Leaving Certificate Examination (including Day School Certificate (Higher) General paper), 1927
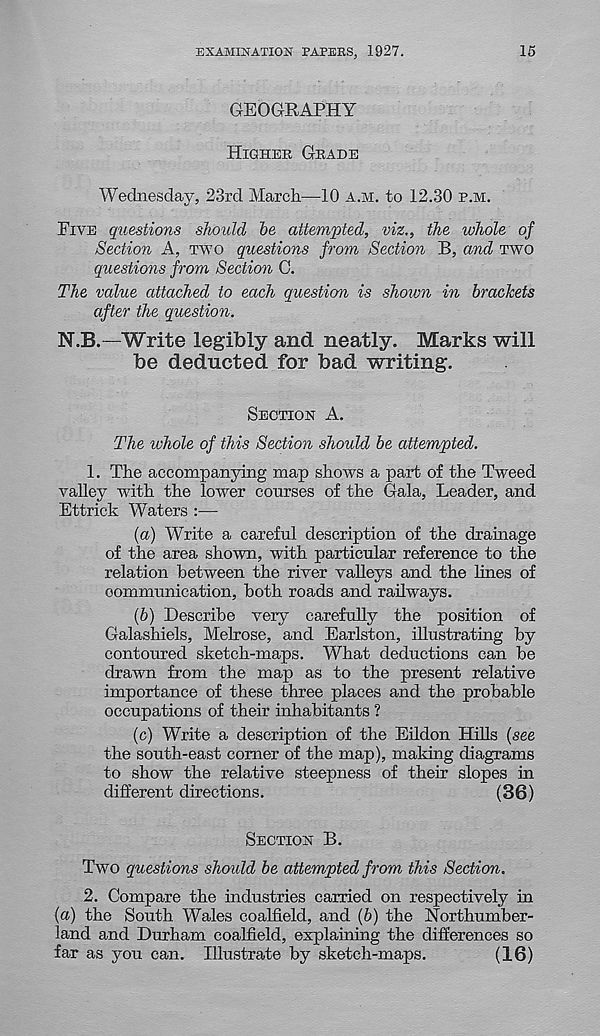
EXAMINATION PAPERS, 1927.
15
GEOGRAPHY
HIGHER GRADE
Wednesday, 23rd March—10 A.M. to 12.30 P.M.
FIVE questions should he attempted, viz., the whole of
Section A, TWO questions from Section B, and TWO
questions from Section C.
The value attached to each question is shown in brackets
after the question.
N.B.—Write legibly and neatly. Marks will
be deducted for bad writing.
SECTION A.
The whole of this Section should be attempted.
1. The accompanying map shows a part of the Tweed
valley with the lower conrses of the Gala, Leader, and
Ettrick Waters :—
(а) Write a careful description of the dramage
of the area shown, with particular reference to the
relation between the river valleys and the lines of
communication, both roads and railways.
(б) Describe very carefully the position of
Galashiels, Melrose, and Earlston, illustrating by
contoured sketch-maps. What deductions can be
drawn from the map as to the present relative
importance of these three places and the probable
occupations of their inhabitants ?
(c) Write a description of the Eildon Hills (see
the south-east comer of the map), making diagrams
to show the relative steepness of their slopes in
different directions.
(36)
SECTION B.
Two questions should be attempted from this Section.
2. Compare the industries carried on respectively in
(a) the South Wales coalfield, and (6) the Northumber-
land and Durham coalfield, explaining the differences so
far as you can. Illustrate by sketch-maps.
(16)